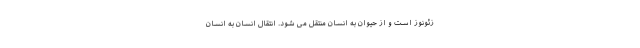
زئونوز است و از حیوان به انسان منتقل می شود. انتقال انسان به انسان